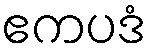
ဧကပဒံ